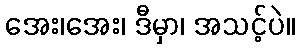
အေး၊အေး၊ ဒီမှာ၊ အသင့်ပဲ။